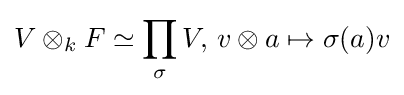
V\otimes _{k}F\simeq \prod _{\sigma }V,\,v\otimes a\mapsto \sigma (a)v